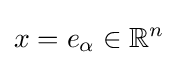
x=e_{\alpha }\in \mathbb {R} ^{n}